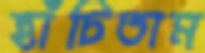
হাঁচিতাম